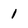
Character: 1